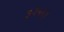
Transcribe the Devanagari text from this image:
३२५११